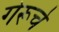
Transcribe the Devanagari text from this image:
गेरूचे